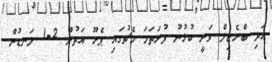
އަދި ބްރެޒިލް ވަނީ ކުޅުނު ފުރަތަމަ މެޗުގައި ޕެރޫ އަތުން 2-1 ލަނޑުން